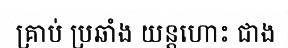
គ្រាប់ ប្រឆាំង យន្តហោះ ជាង